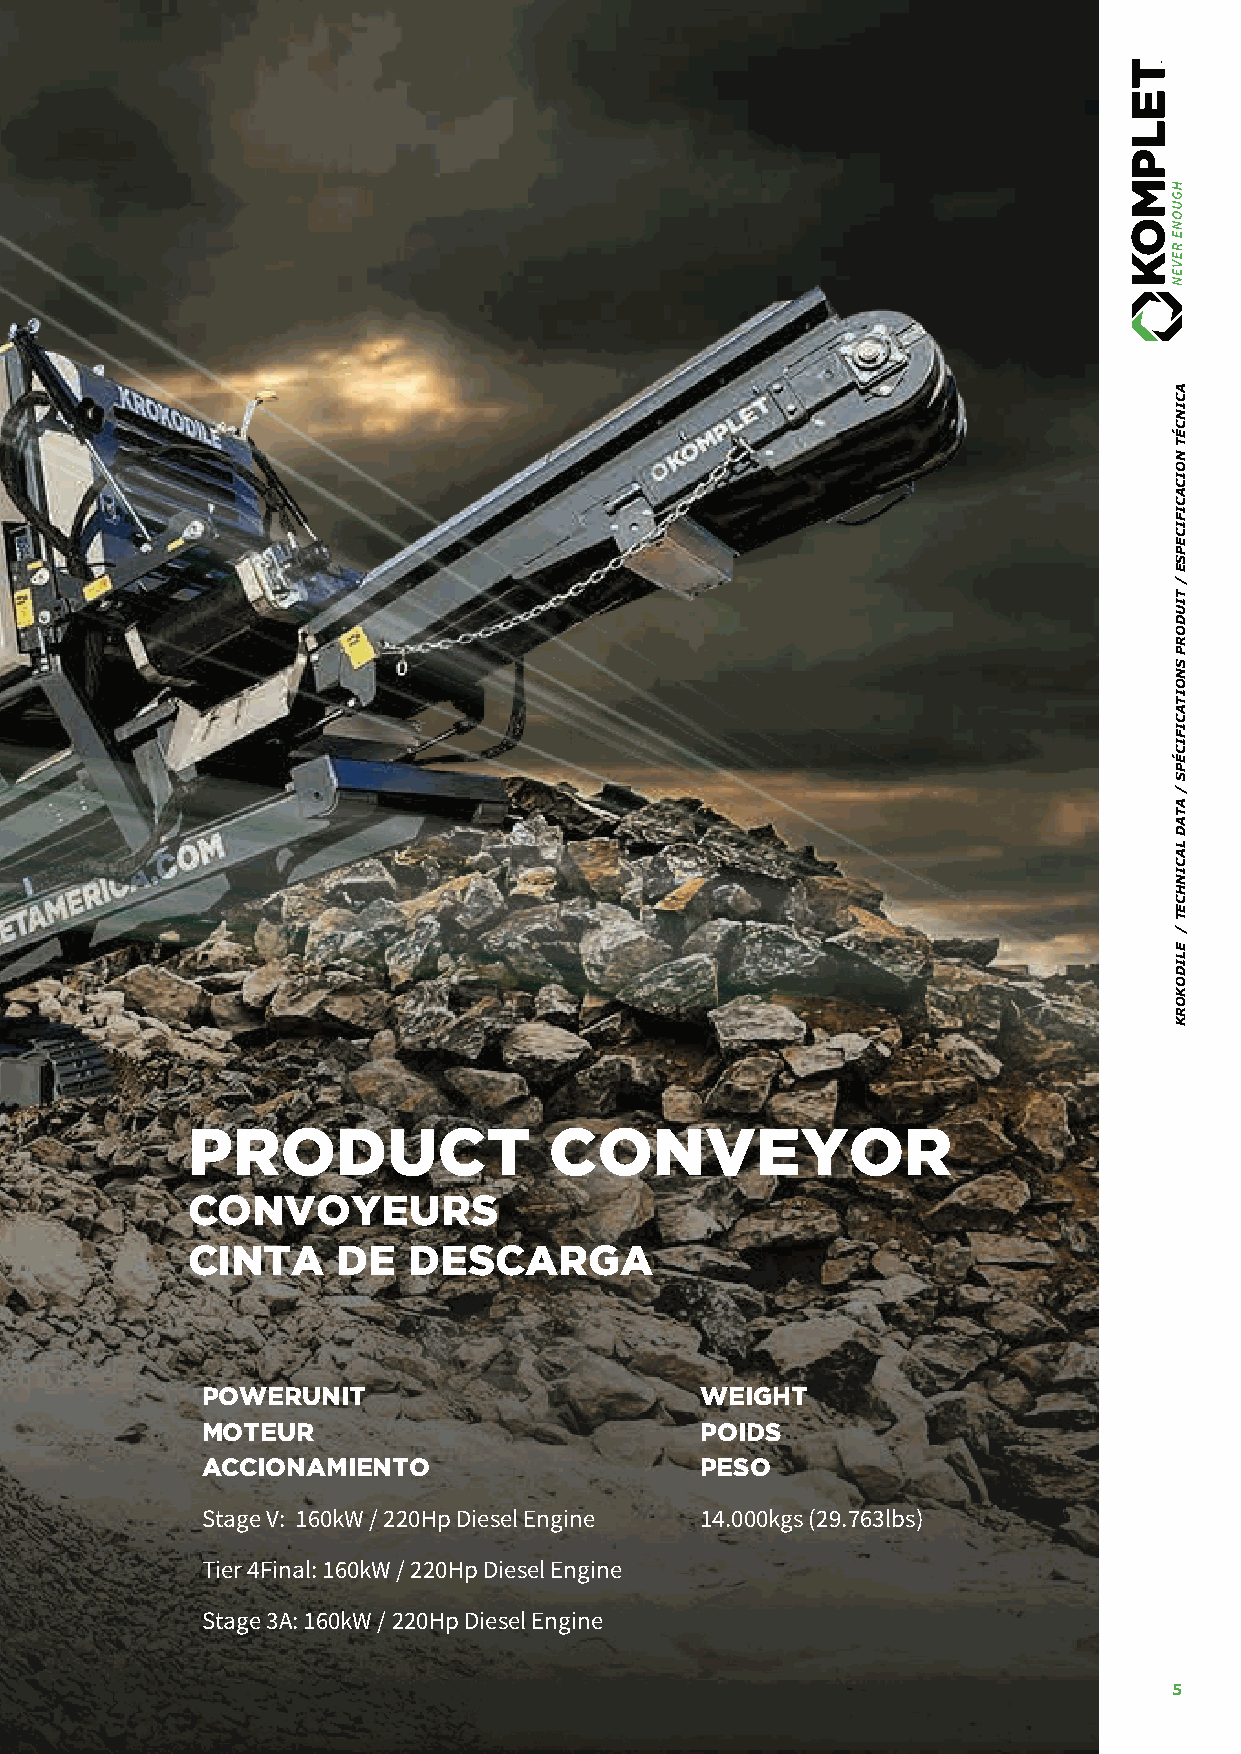
TECHNICAL DATA PRODUCT              CONVEYOR
 SPÉCIFICATIONS PRODUIT CONVOYEURS
 ESPECIFICACION TÉCNICA CINTA DE DESCARGA
 SHAFTS OUTPUT POTENTIAL UP TO POWERUNIT       WEIGHT
 BROYEUR PRODUCTION/RENDEMENT JUSQU’A’ MOTEUR  POIDS
 PRODUCCION HASTA ACCIONAMIENTO                PESO
 TRITURATOR
 200tph /220 US tph C&D/ASPHALT Stage V: 160kW / 220Hp Diesel Engine 14.000kgs (29.763lbs)
 1500mm X 2 (60’)
 20tph / 22 US tpd WOOD/WASTE
 0-45 RPM     Tier 4Final: 160kW / 220Hp Diesel Engine
 60mm to 150mm ( 3-1/4” TO 5-3/4”)
 160.000 torque
 Stage 3A: 160kW / 220Hp Diesel Engine
 4                                                                             5
 ACINCÉT
 NOICACIFICEPSE
 /
 TIUDORP
 SNOITACIFICÉPS
 /
 ATAD
 LACINHCET
 /
 ELIDOKORK